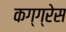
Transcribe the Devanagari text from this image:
कग्ग्रेस